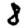
Digit: 8